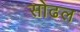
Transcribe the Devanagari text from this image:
सोढल